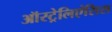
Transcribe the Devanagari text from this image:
ऑस्ट्रेलिएंसिस